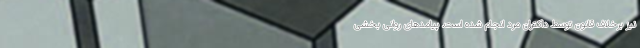
نیز برخلاف قانون توسط داکتران مرد انجام شده است. پیامدهای روانی بخشی